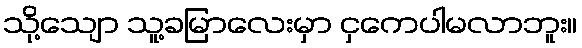
သို့သျော သူ့ခမြာလေးမှာ ငှကေပါမလာဘူး။